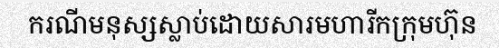
ករណីមនុស្សស្លាប់ដោយសារមហារីកក្រុមហ៊ុន